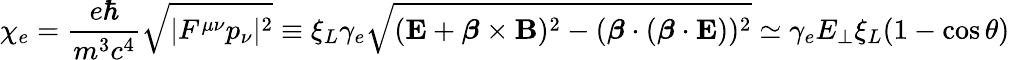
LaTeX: \chi_{e}=\frac{e\hbar}{m^{3}c^{4}}\sqrt{|F^{\mu\nu}p_{\nu}|^{2}}\equiv\xi_{L}\gamma_{e}\sqrt{(\mathbf{E}+\boldsymbol{\beta}\times\mathbf{B})^{2}-(\boldsymbol{\beta}\cdot(\boldsymbol{\beta}\cdot\mathbf{E}))^{2}}\simeq\gamma_{e}E_{\perp}\xi_{L}(1-\cos\theta)